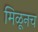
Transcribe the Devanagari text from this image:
मिळूनच